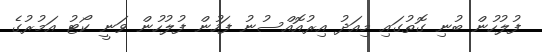
ފުލުހުން ބުނި ގޮތުގައި މިއަދު އިރުއޮއްސުނު ފަހުން ފުލުހުން ވަނީ ކޯޓު އަމުރުގެ